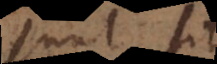
sunt situs